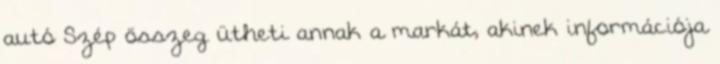
autó Szép összeg ütheti annak a markát, akinek információja